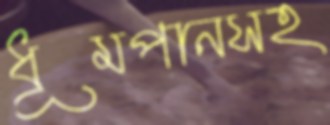
ধূমপানসহ